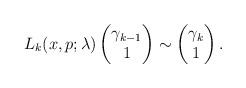
LaTeX: \begin{align*}L_k(x,p;\lambda)\begin{pmatrix} \gamma_{k-1} \\ 1 \end{pmatrix} \sim\begin{pmatrix} \gamma_k \\ 1 \end{pmatrix}.\end{align*}